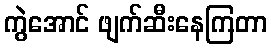
ကွဲအောင် ဖျက်ဆီးနေကြတာ